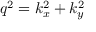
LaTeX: q ^ { 2 } = k _ { x } ^ { 2 } + k _ { y } ^ { 2 }